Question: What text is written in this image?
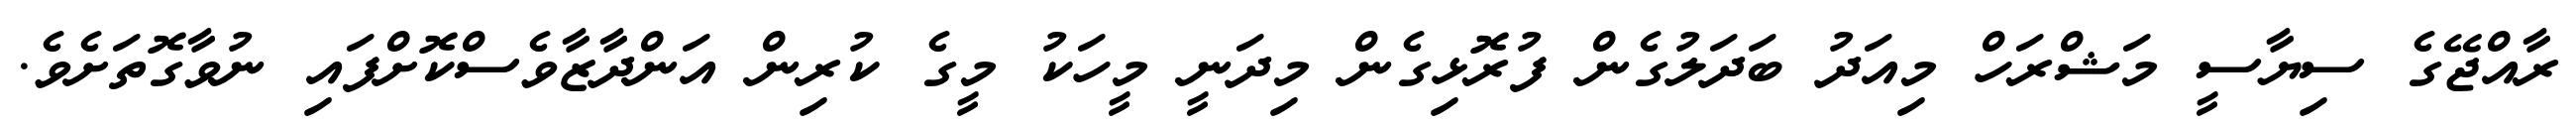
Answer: ރާއްޖޭގެ ސިޔާސީ މަޝްރަހް މިއަދު ބަދަލުގެން ފުރޮޅިގެން މިދަނީ މީހަކު މީގެ ކުރިން އަންދާޒާވެސްކޮށްފައި ނުވާގޮތަށެވެ.